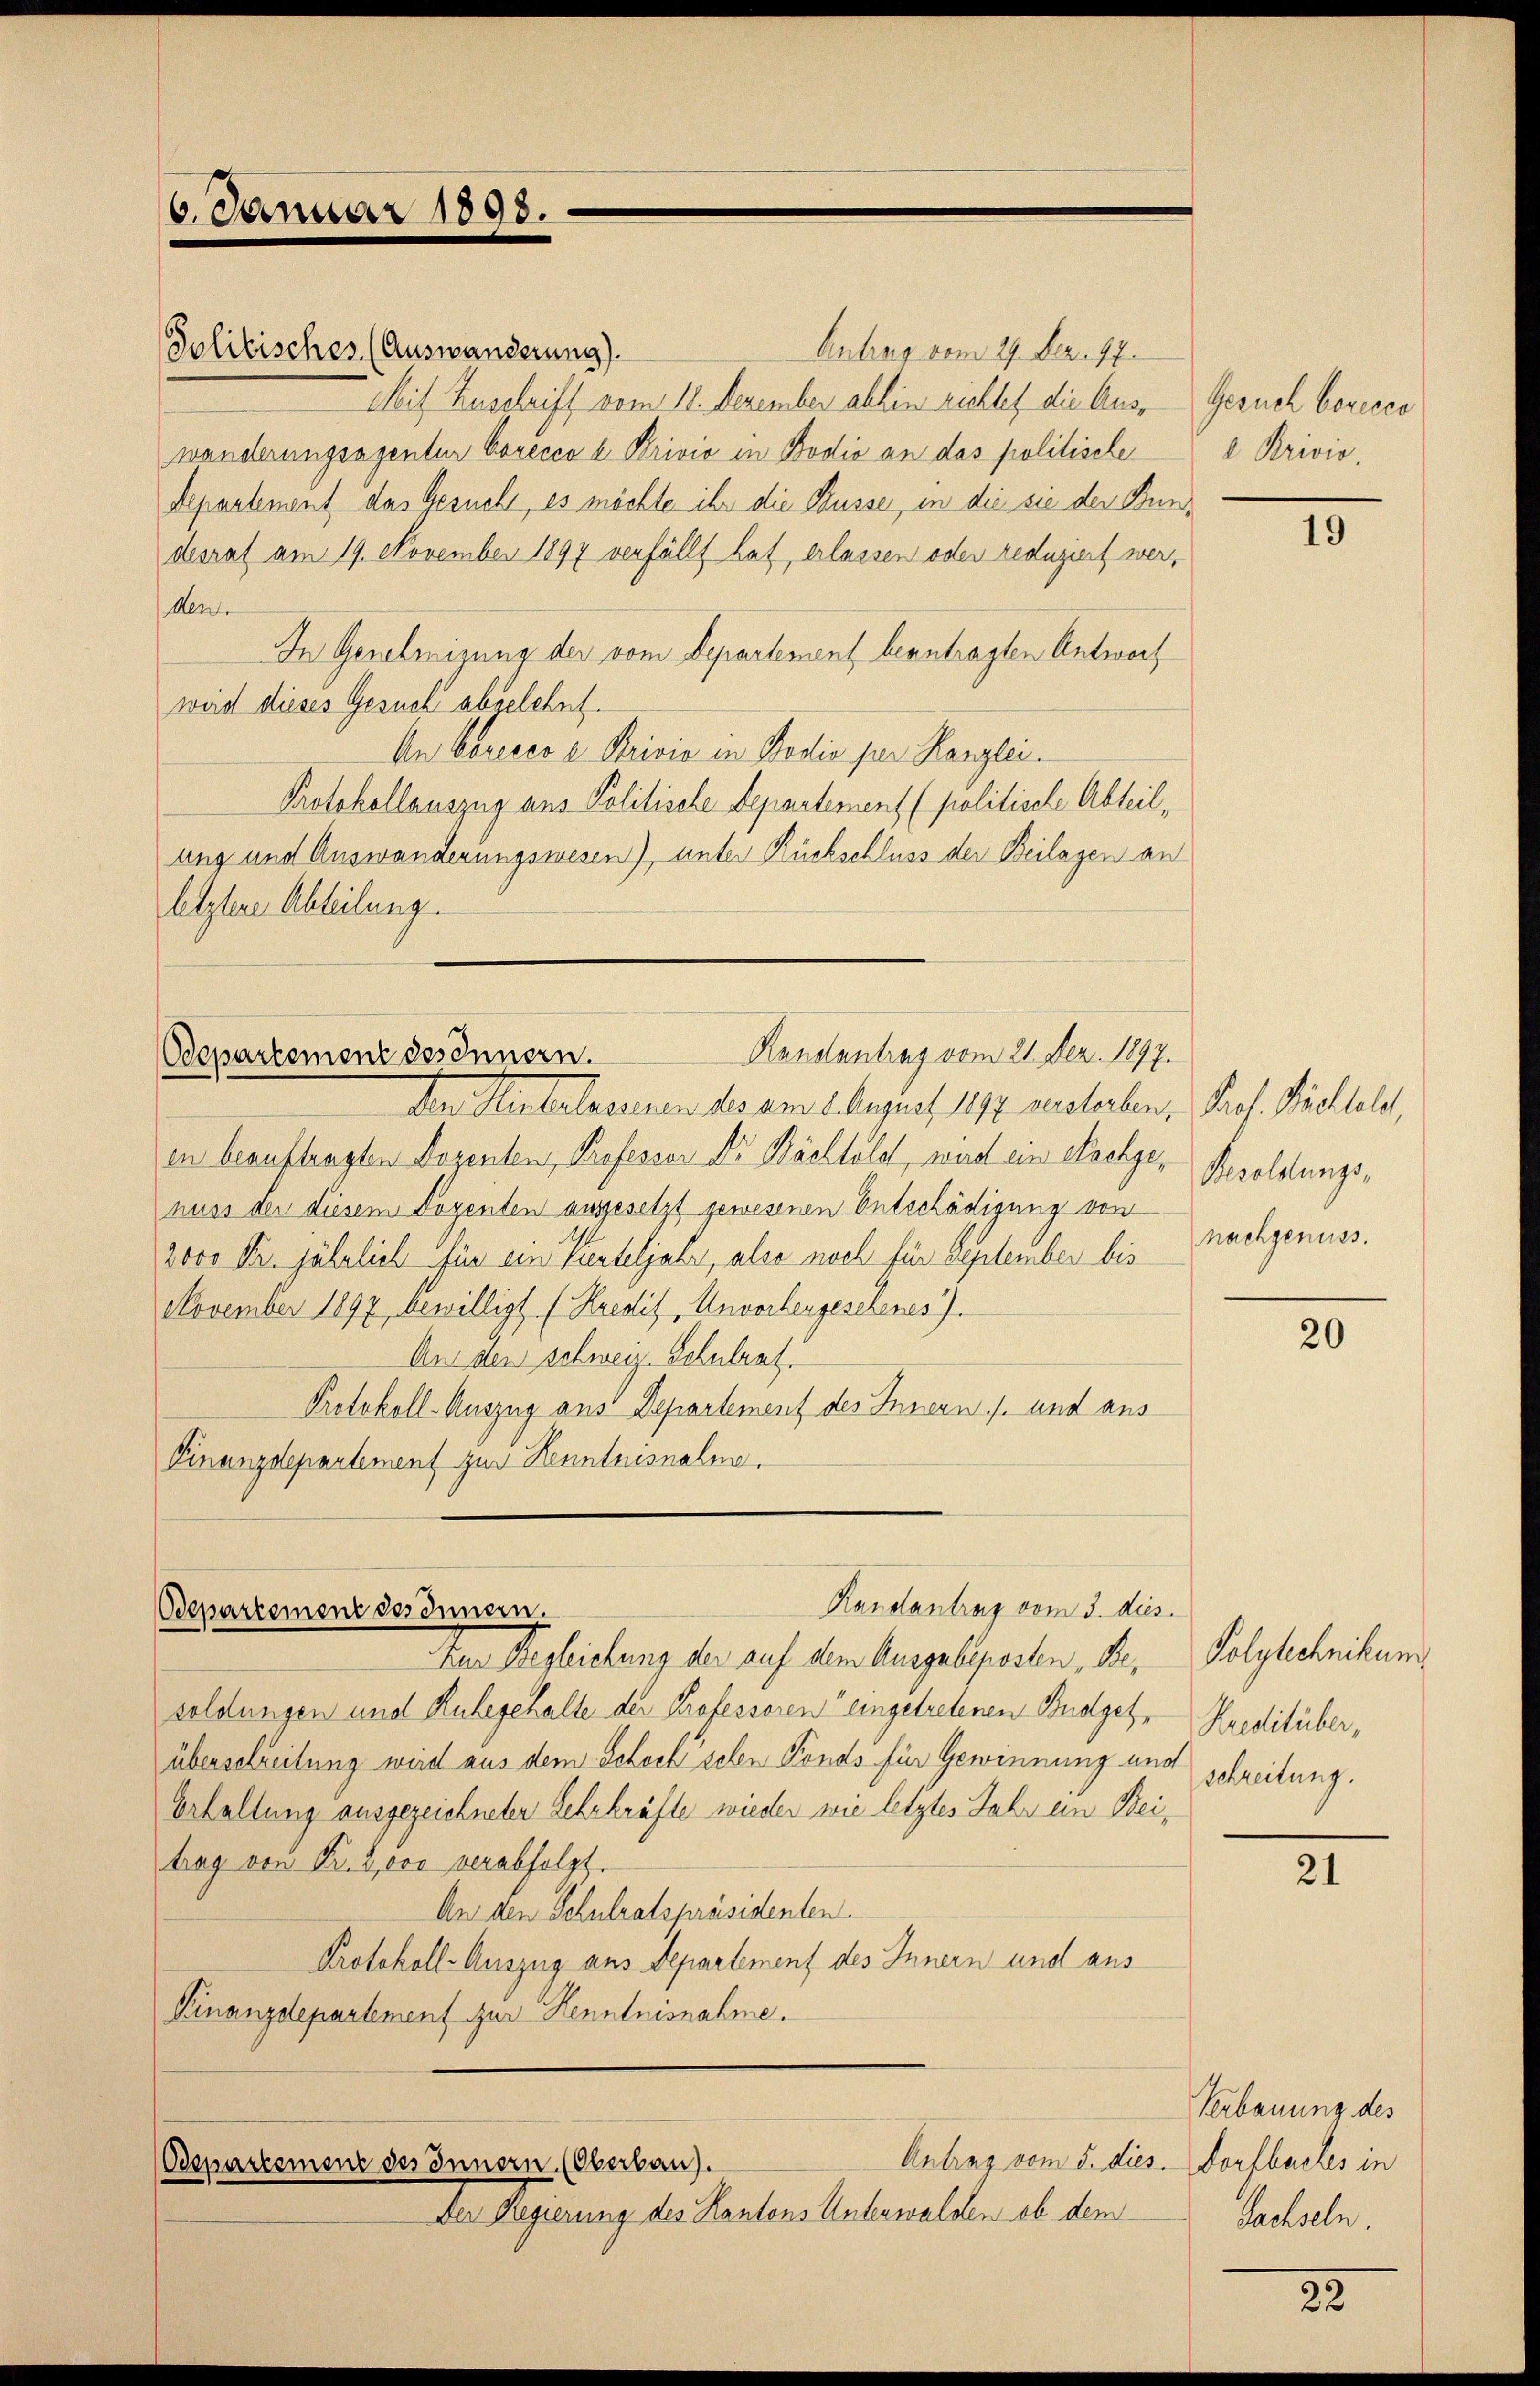
Randantrag vom 21. Dez. 1897.
Odepartement des Innern.

6. Januar 1898.

Politisches (Auswanderung).
Antrag vom 29. Dez. 17
Mit Zuschrift vom 18. Dezember abhin richtet die Auswanderungsagenten Covecco u. Privio in Bodio an das politische
Departement das Gesucht, es möchte ihr die Busser, in die sie der Bundesrat am 19. November 1897 verfällt hat, erlassen oder reduziert wer
Men
In Genehmigung der vom Departement beantragten Antworf
wird dieses Gesuch abgelehnt.
An Ceresco e Privia in Bodio per Kanzlei.
Protokollauszug aus Politische Departement (politische Abteil,
ung und Auswanderungswesen), unter Rückschluss der Beilagen an
letztere Abteilung.

Der Hintelesenen des am 6. August 1872 zusterben, Prof. Stallels,
in beauftragten Dozenten Professor Dr Rächtold, wird ein Nachge- Resoldunzinuss der diesem Dozenten ausgesetzt gewesenen Entschädigung von
2000 Fr. jährlich für ein Vierteljahr, also noch für September bis
November 1897 bewilligt. (Kredit, Unvorhergesehenes).
An den schweiz. Schulrat.
Protokoll-Auszug aus Departement des Innern s. und aus
Finanzdepartement zur Kenntnisnahm.

Randantrag vom 3. dies
Bepartement des Innern.

Zur Begleichung der auf dem Ausgabeposten Besoldungen und Ruhegehalte der Professoren eingetretenen Budgetüberschreitung wird aus dem Schoch sehen Fonds für Gewinnung und
Erhaltung ausgezeichneter Lehrkräfte wieder wie letztes Jahr ein Beitrag von Fr. 2000 verabfolgt.
An den Schulratspräsidenten.
Protokoll-Auszug aus Departement des Innern und aus
Finanzdepartement zur Kenntnisnahme.

Antrag vom 5. dies
Oepartement des Innern (Oberbau).

Der Regierung des Kantons Unterwalden ob dem

Gesuch berecco
e Krisis

19

nachgenuss.

20

Polytechnikum
Kreditüber,
schreitung.

21

Verbauung des
Dorfbaches in
Sachseln.

22